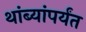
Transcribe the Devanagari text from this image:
थांब्यांपर्यंत